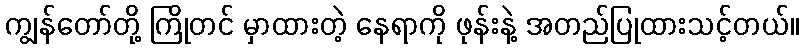
ကျွန်တော်တို့ ကြိုတင် မှာထားတဲ့ နေရာကို ဖုန်းနဲ့ အတည်ပြုထားသင့်တယ်။